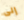
إلى